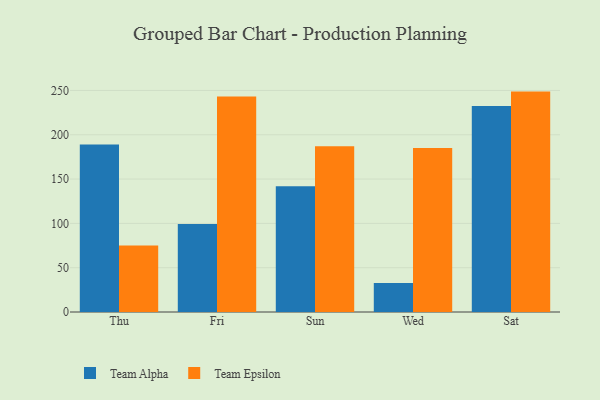
{"axis": {"x": "Day", "y": "Bounce Rate (%)"}, "legend": ["Team Alpha", "Team Epsilon"], "data": [{"x": "Thu", "y": 189.1, "type": "Team Alpha"}, {"x": "Thu", "y": 75.0, "type": "Team Epsilon"}, {"x": "Fri", "y": 99.3, "type": "Team Alpha"}, {"x": "Fri", "y": 243.1, "type": "Team Epsilon"}, {"x": "Sun", "y": 141.8, "type": "Team Alpha"}, {"x": "Sun", "y": 187.0, "type": "Team Epsilon"}, {"x": "Wed", "y": 32.8, "type": "Team Alpha"}, {"x": "Wed", "y": 185.0, "type": "Team Epsilon"}, {"x": "Sat", "y": 232.4, "type": "Team Alpha"}, {"x": "Sat", "y": 248.7, "type": "Team Epsilon"}]}